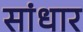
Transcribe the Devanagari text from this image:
सांधार